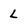
Character: L